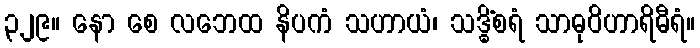
၃၂၉။ နော စေ လဘေထ နိပကံ သဟာယံ၊ သဒ္ဓိံစရံ သာဓုဝိဟာရိဓီရံ။